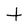
Character: t